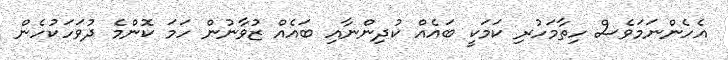
އެހެންނަމަވެސް ހިތާމަހުރި ކަމަކީ ބައެއް ކުދިންނާއި ބައެއް ޒުވާނުން ހަމަ ކޮންމެ ދުވަހަކުހެން